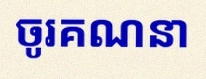
ចូរគណនា